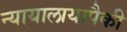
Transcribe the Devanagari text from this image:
न्यायालायापैकी